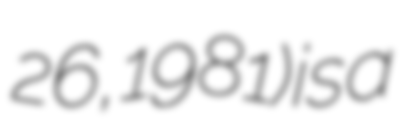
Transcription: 26, 1981) is a